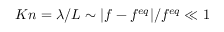
K n = \lambda / L \sim | f - f ^ { e q } | / f ^ { e q } \ll 1